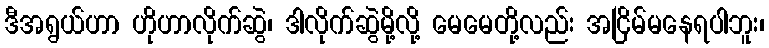
ဒီအရွယ်ဟာ ဟိုဟာလိုက်ဆွဲ၊ ဒါလိုက်ဆွဲမို့လို့ မေမေတို့လည်း အငြိမ်မနေရပါဘူး၊